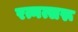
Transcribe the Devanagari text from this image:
रत्नत्सरू